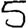
Digit: 5